Report on the working of the Ranchi Indian Mental Hospital, Kanke, in Bihar and Orissa - 1930-1940
Year: 1930
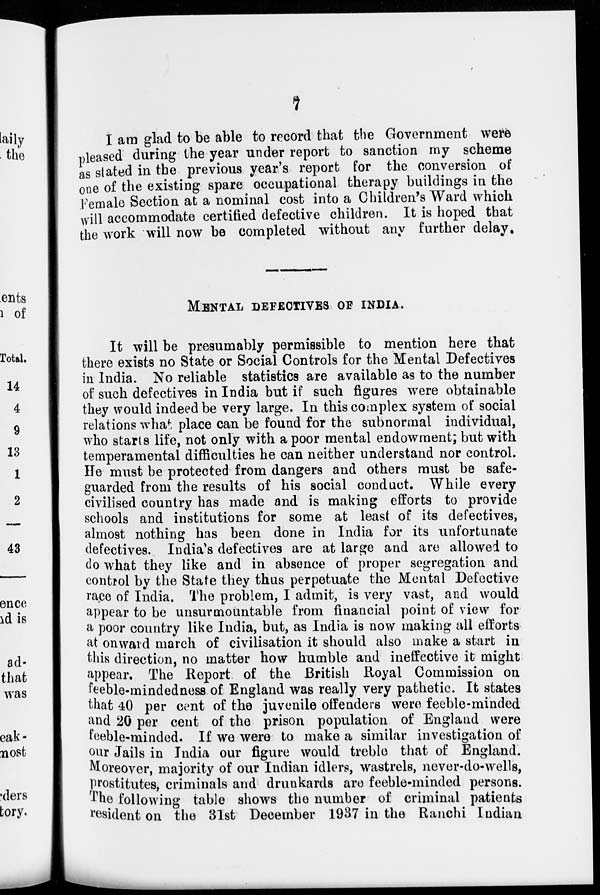
7
I am glad to be able to record that the Government were
pleased during the year under report to sanction my scheme
as stated in the previous year's report for the conversion of
one of the existing spare occupational therapy buildings in the
Female Section at a nominal cost into a Children's Ward which
will accommodate certified defective children. It is hoped that
the work will now be completed without any further delay.
MENTAL DEFECTIVES OF INDIA.
It will be presumably permissible to mention here that
there exists no State or Social Controls for the Mental Defectives
in India. No reliable statistics are available as to the number
of such defectives in India but if such figures were obtainable
they would indeed be very large. In this complex system of social
relations what place can be found for the subnormal individual,
who starts life, not only with a poor mental endowment; but with
temperamental difficulties he can neither understand nor control.
He must be protected from dangers and others must be safe-
guarded from the results of his social conduct. While every
civilised country has made and is making efforts to provide
schools and institutions for some at least of its defectives,
almost nothing has been done in India for its unfortunate
defectives. India's defectives are at large and are allowed to
do what they like and in absence of proper segregation and
control by the State they thus perpetuate the Mental Defective
race of India. The problem, I admit, is very vast, and would
appear to be unsurmountable from financial point of view for
a poor country like India, but, as India is now making all efforts
at onward march of civilisation it should also make a start in
this direction, no matter how humble and ineffective it might
appear. The Report of the British Royal Commission on
feeble-mindedness of England was really very pathetic. It states
that 40 per cent of the juvenile offenders were feeble-minded
and 20 per cent of the prison population of England were
feeble-minded. If we were to make a similar investigation of
our Jails in India our figure would treble that of England.
Moreover, majority of our Indian idlers, wastrels, never-do-wells,
prostitutes, criminals and drunkards are feeble-minded persons.
The following table shows the number of criminal patients
resident on the 31st December 1937 in the Ranchi Indian